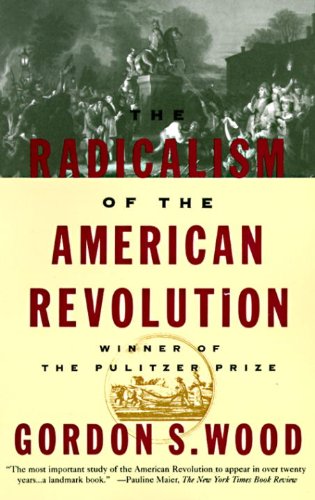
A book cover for The Radicalism of the American Revolution; Gordon S. Wood; History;